Leaving Certificate, 1937
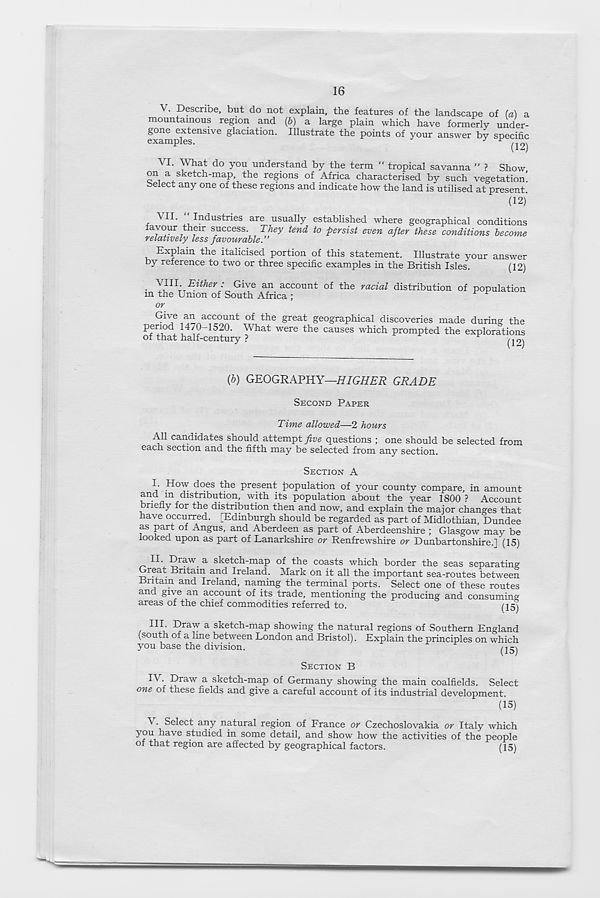
16
V. Describe, but do not explain, the features of the landscape of (a) a
mountainous region and (b) a large plain which have formerly under-
gone extensive glaciation. Illustrate the points of your answer by specific
GXicLITl
•
^12^
VI. What do you understand by the term “ tropical savanna ” ? Show
on a sketch-map the regions of Africa characterised by such vegetation’
Select any one of these regions and indicate how the land is utilised at present
(12)
VH- Industries are usually established where geographical conditions
favour their success. They tend to persist even after these conditions become
relatively less favourable.”
Explain the italicised portion of this statement. Illustrate your answer
by reference to two or three specific examples in the British Isles.
(12)
• Y J L \r Either ; Give an account of the racial distribution of population
m the Union of South Africa ;
or
Give an account of the great geographical discoveries made during the
P™, rV, 520 - What were the causes which prompted the explorations
of that half-century ?
l\2\
(b) GEOGRAPHY—HIGHER GRADE
SECOND PAPER
Time allowed—2 hours
All candidates should attempt five questions ; one should be selected from
each section and the fifth may be selected from any section.
SECTION A
I. How does the present population of your county compare, in amount
and m distribution, with its population about the year 1800 ? Account
briefly for the distribution then and now, and explain the major changes that
have occurred. [Edinburgh should be regarded as part of Midlothian, Dundee
as part of Angus, and Aberdeen as part of Aberdeenshire ; Glasgow may be
looked upon as part of Lanarkshire or Renfrewshire or Dunbartonshire.] (15)
IE Draw a sketch-map of the coasts which border the seas separating
Great Britain and Ireland. Mark on it all the important sea-routes between
Britain and Ireland, naming the terminal ports. Select one of these routes
and give an account of its trade, mentioning the producing and consuming
areas of the chief commodities referred to.
(15)
IIL Draw a sketch-map showing the natural regions of Southern England
(south of a line between London and Bristol). Explain the principles on which
you base the division.
^-1
SECTION B
IV. Draw a sketch-map of Germany showing the main coalfields. Select
one of these fields and give a careful account of its industrial development.
(15)
^ • Select any natural region of France or Czechoslovakia or Italy which
'^f )U T,^i aVe s .I uc^ec^
some detail, and show how the activities of the people
of that region are affected by geographical factors.
(15)